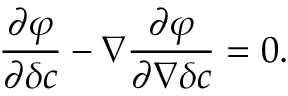
\begin{array} { l } { \displaystyle { \frac { \partial \varphi } { \partial \delta c } - \nabla \frac { \partial \varphi } { \partial \nabla \delta c } = 0 . } } \end{array}